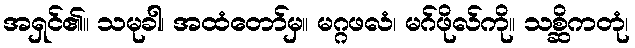
အရှင်၏။ သမုခါ၊ အထံတော်မှ။ မဂ္ဂဖလံ၊ မဂ်ဖိုလ်ကို။ သစ္ဆိကတုံ၊